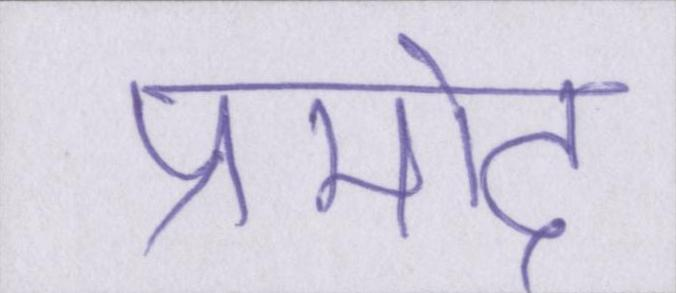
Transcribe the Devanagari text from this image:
प्रमोद